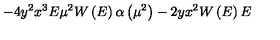
- 4 y ^ { 2 } x ^ { 3 } E \mu ^ { 2 } W \left( E \right) \alpha \left( \mu ^ { 2 } \right) - 2 y x ^ { 2 } W \left( E \right) E